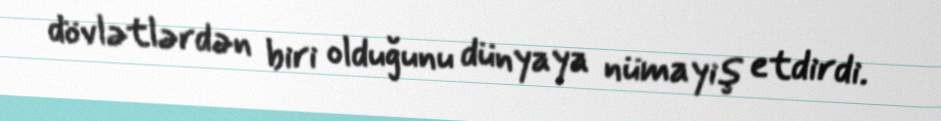
dövlətlərdən biri olduğunu dünyaya nümayiş etdirdi.